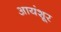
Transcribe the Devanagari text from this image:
आयंशूर